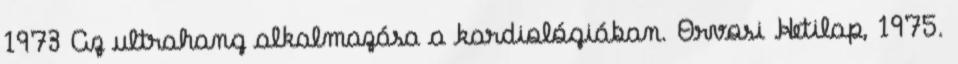
1973 Az ultrahang alkalmazása a kardiológiában. Orvosi Hetilap, 1975.